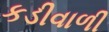
કડીવાળી